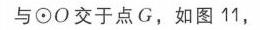
与\(\odot O\)交于点\(G\)，如图 11,